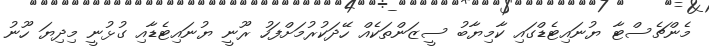
މެންޗެސްޓާ ޔުނައިޓެޑްގައި ކާމިޔާބު ސީޒަންތަކެއް ހޭދަކުރުމަށްފަހު ރޫނީ ޔުނައިޓެޑާއި ގުޅުނީ މިދިޔަ ހޫނު